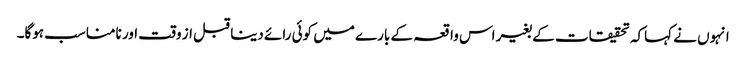
انہوں نے کہاکہ تحقیقات کے بغیر اس واقعہ کے بارے میں کوئی رائے دینا قبل از وقت اور نامناسب ہوگا۔